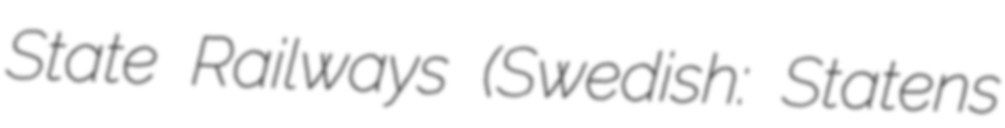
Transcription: State Railways (Swedish: Statens